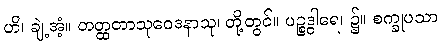
ဟိ၊ ချဲ့အံ့။ တတ္ထတာသုဝေဒနာသု၊ တို့တွင်။ ပဉ္စဒွါရေ၊ ၌။ စက္ခုပသာ